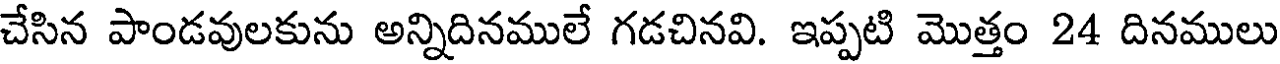
చేసిన పాండవులకును అన్నిదినములే గడచినవి. ఇప్పటి మొత్తం 24 దినములు